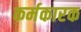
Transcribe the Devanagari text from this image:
कर्मकारक